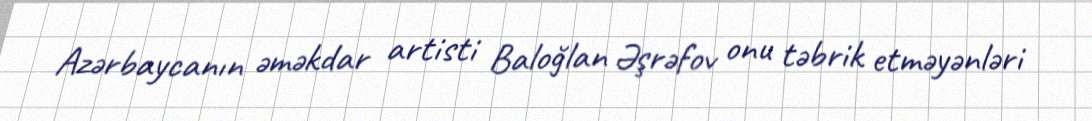
Azərbaycanın əməkdar artisti Baloğlan Əşrəfov onu təbrik etməyənləri